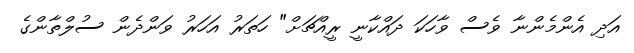
އަދި އެންމެންނާ ވެސް ވާހަކަ ދައްކާނީ ރީއްޗަށް" ހަތަރު އަހަރު ވަންދެން ސުލްތާންގެ